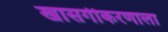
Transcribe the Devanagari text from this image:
खासगीकरणाला